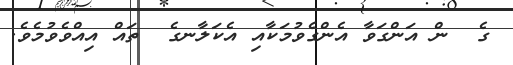
ގެ  ން އަންގަވާ އެންގެވުމަކާއި އެކަލާނގެ  ތައް އިއްވެވުމެވެ.